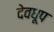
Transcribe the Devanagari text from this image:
देवधूप